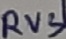
Text: RV3